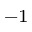
^ { - 1 }